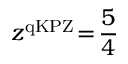
z ^ { \mathrm { q K P Z } } \! = \! \frac { 5 } { 4 }